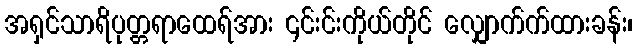
အရှင်သာရိပုတ္တရာထေရ်အား ၎င်းင်းကိုယ်တိုင် လျှောက်က်ထားခန်း၊